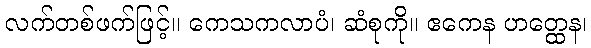
လက်တစ်ဖက်ဖြင့်။ ကေသကလာပံ၊ ဆံစုကို။ ဧကေန ဟတ္ထေန၊